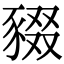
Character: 䝌